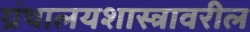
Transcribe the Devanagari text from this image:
ग्रंथालयशास्त्रावरील